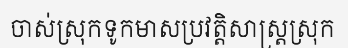
ចាស់ស្រុកទូកមាសប្រវត្តិសាស្ត្រស្រុក